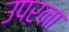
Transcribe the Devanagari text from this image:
उपरना